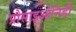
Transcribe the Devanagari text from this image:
प्रोसाइओनिडी